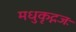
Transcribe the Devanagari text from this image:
मधुकृद्गजः